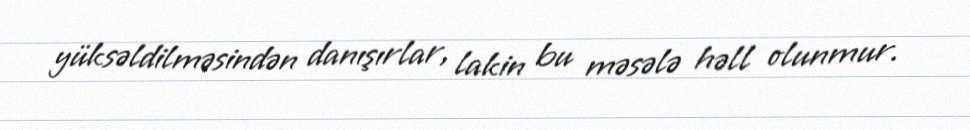
yüksəldilməsindən danışırlar, lakin bu məsələ həll olunmur.